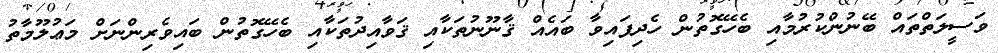
ވަސީލަތްތައް ބޭނުންކުރުމާއި ބެހޭގޮތުން ހެދިފައިވާ ބައެއް ޤާނޫނުތަކާއި ޤަވާއިދުތަކާއި ބެހޭގޮތުން ބައިވެރިންނަށް މަޢުލޫމާތު